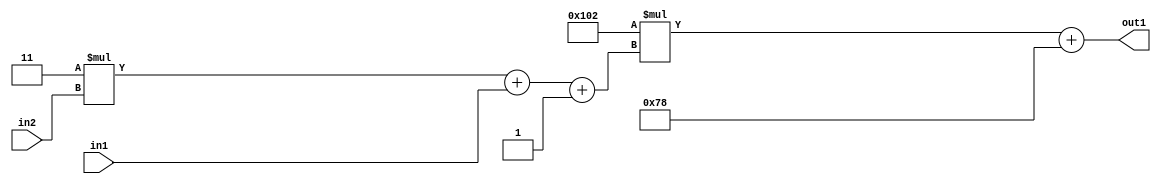
`timescale 1ps / 1ps
/*****************************************************************************
    Verilog RTL Description
    
    
    Created by: Stratus DpOpt 2019.1.01 
*******************************************************************************/

module DC_Filter_Add2i120Mul2i258Add3i1u1Mul2i3u2_4 (
	in2,
	in1,
	out1
	); /* architecture "behavioural" */ 
input [1:0] in2;
input  in1;
output [11:0] out1;
wire [11:0] asc001;
wire [3:0] asc002;

wire [3:0] asc002_tmp_0;
wire [3:0] asc002_tmp_1;
assign asc002_tmp_1 = 
	+(4'B0011 * in2);
assign asc002_tmp_0 = asc002_tmp_1
	+(in1);
assign asc002 = asc002_tmp_0
	+(4'B0001);

wire [11:0] asc001_tmp_2;
assign asc001_tmp_2 = 
	+(12'B000100000010 * asc002);
assign asc001 = asc001_tmp_2
	+(12'B000001111000);

assign out1 = asc001;
endmodule

/* CADENCE  vrP2Sgw= : u9/ySgnWtBlWxVPRXgAZ4Og= ** DO NOT EDIT THIS LINE ******/